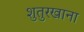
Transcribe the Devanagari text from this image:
शुतुरखाना